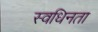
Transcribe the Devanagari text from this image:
स्वधिनता